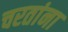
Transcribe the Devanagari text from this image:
चरतांना